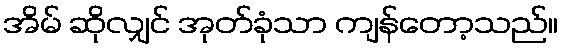
အိမ် ဆိုလျှင် အုတ်ခုံသာ ကျန်တော့သည်။